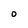
Character: O